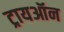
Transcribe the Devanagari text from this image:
ट्रायऑन